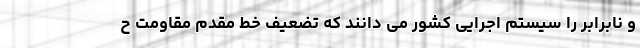
و نابرابر را سیستم اجرایی کشور می دانند که تضعیف خط مقدم مقاومت ح